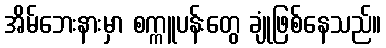
အိမ်ဘေးနားမှာ စက္ကူပန်းတွေ ချုံဖြစ်နေသည်။